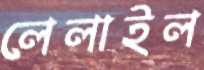
লেলাইল